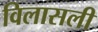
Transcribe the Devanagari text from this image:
विलासली